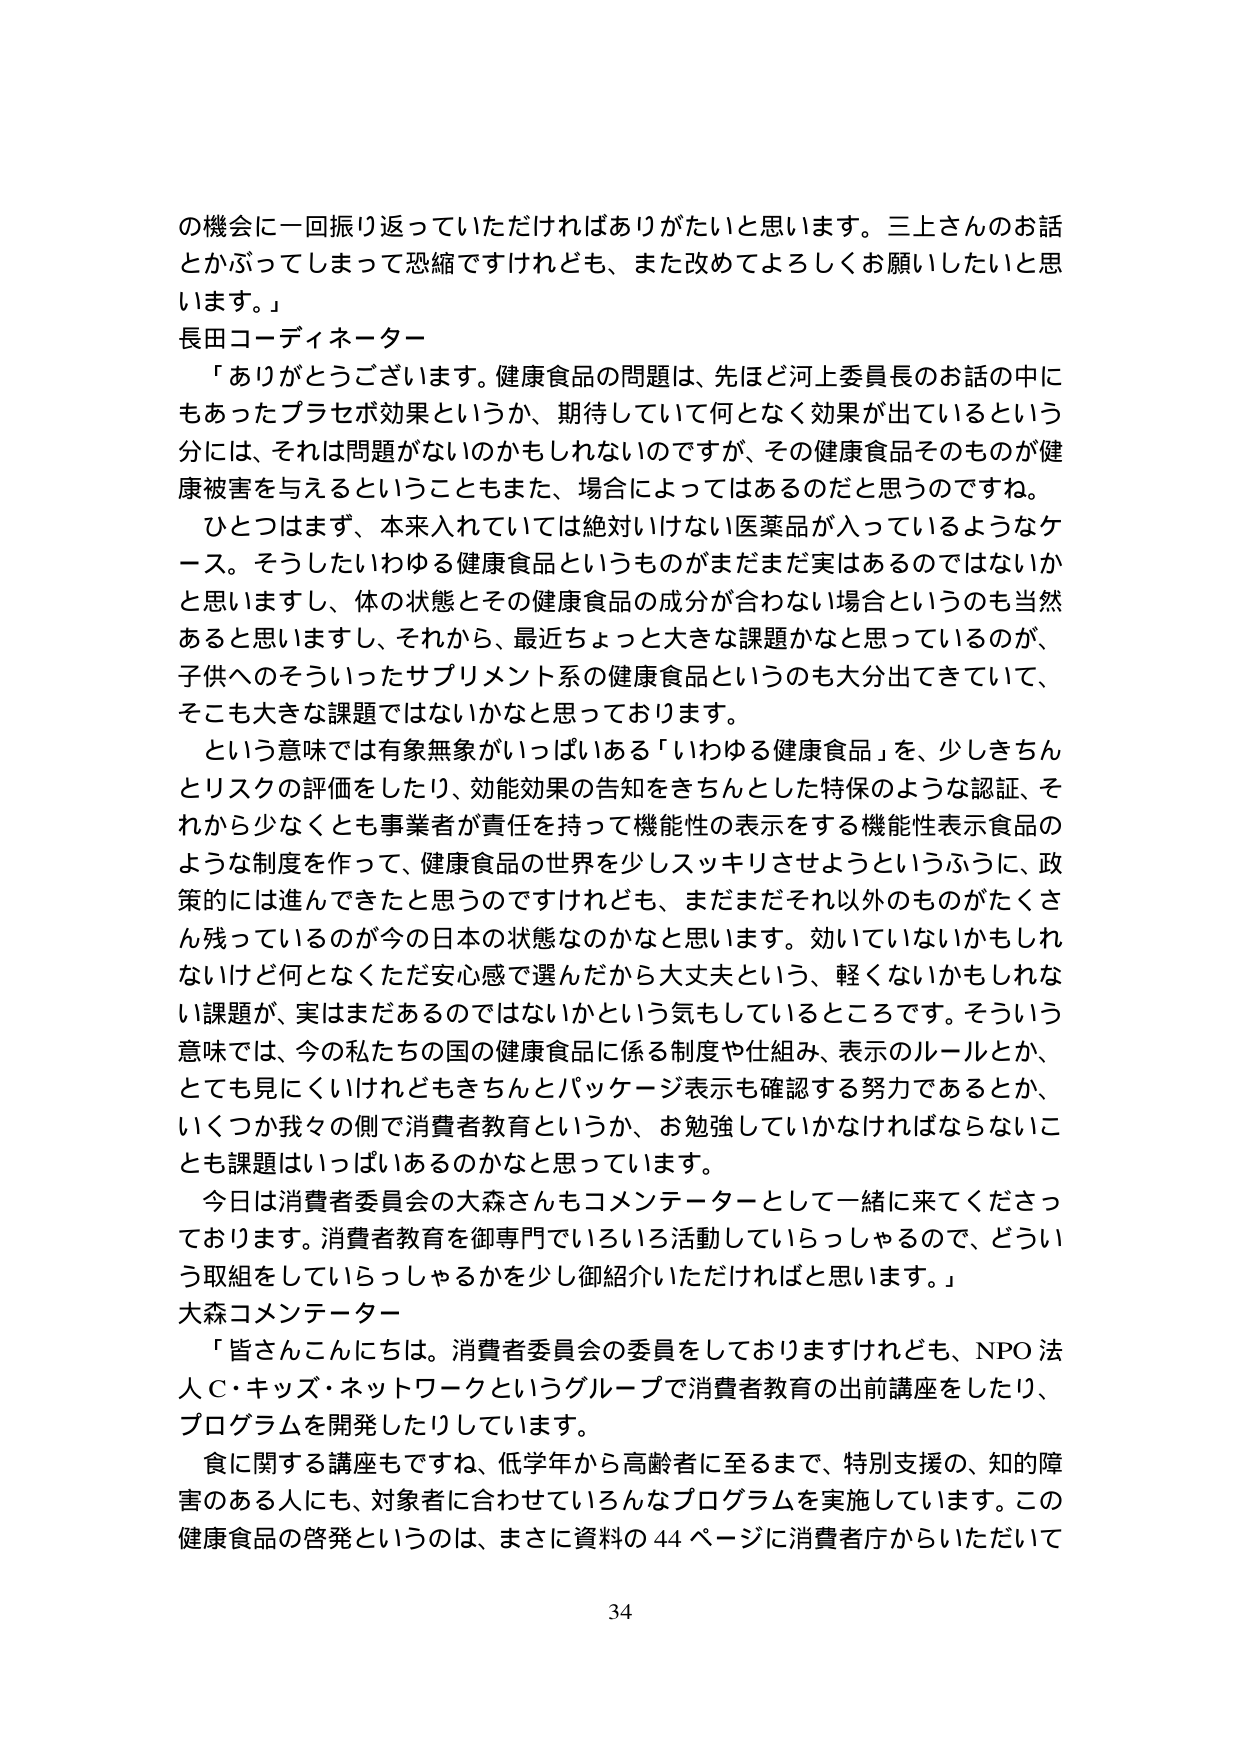
の機会に一回振り返っていただければありがたいと思います。三上さんのお話とかぶってしまって恐縮ですけれども、また改めてよろしくお願いしたいと思います。」

長田コーディネーター

「ありがとうございます。健康食品の問題は、先ほど河上委員長のお話の中にもあったプラセボ効果というか、期待していて何となく効果が出ているという分には、それは問題がないのかもしれないのですが、その健康食品そのものが健康被害を与えるということもまた、場合によってはあるのだと思うのですね。

ひとつはまず、本来入れていては絶対いけない医薬品が入っているようなケース。そうしたいわゆる健康食品というものがまだまだ実はあるのではないかと思いますし、体の状態とその健康食品の成分が合わない場合というのも当然あると思いますし、それから、最近ちょっと大きな課題かなと思っているのが、子供へのそういったサプリメント系の健康食品というのも大分出てきていて、そこも大きな課題ではないかなと思っております。

という意味では有象無象がいっぱいある「いわゆる健康食品」を、少しきちんとリスクの評価をしたり、効能効果の告知をきちんとした特保のような認証、それから少なくとも事業者が責任を持って機能性の表示をする機能性表示食品のような制度を作って、健康食品の世界を少しスッキリさせようというふうに、政策的には進んできたと思うのですけれども、まだまだそれ以外のものがたくさん残っているのが今の日本の状態なのかなと思います。効いていないかもしれないけど何となくただ安心感で選んだから大丈夫という、軽くないかもしれない課題が、実はまだあるのではないかという気もしているところです。そういう意味では、今の私たちの国の健康食品に係る制度や仕組み、表示のルールとか、とても見にくいけれどもきちんとパッケージ表示も確認する努力であるとか、いくつか我々の側で消費者教育というか、お勉強していかなければならないことも課題はいっぱいあるのかなと思っています。

今日は消費者委員会の大森さんもコメンテーターとして一緒に来てくださっております。消費者教育を御専門でいろいろ活動していらっしゃるので、どういう取組をしていらっしゃるかを少し御紹介いただければと思います。」

大森コメンテーター

「皆さんこんにちは。消費者委員会の委員をしておりますけれども、NPO法人C・キッズ・ネットワークというグループで消費者教育の出前講座をしたり、プログラムを開発したりしています。

食に関する講座もですね、低学年から高齢者に至るまで、特別支援の、知的障害のある人にも、対象者に合わせているんなプログラムを実施しています。この健康食品の啓発というのは、まさに資料の44ページに消費者庁からいただいて

34